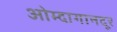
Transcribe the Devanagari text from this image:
ओम्दागानदूर